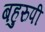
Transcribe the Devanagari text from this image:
बहुरुपी